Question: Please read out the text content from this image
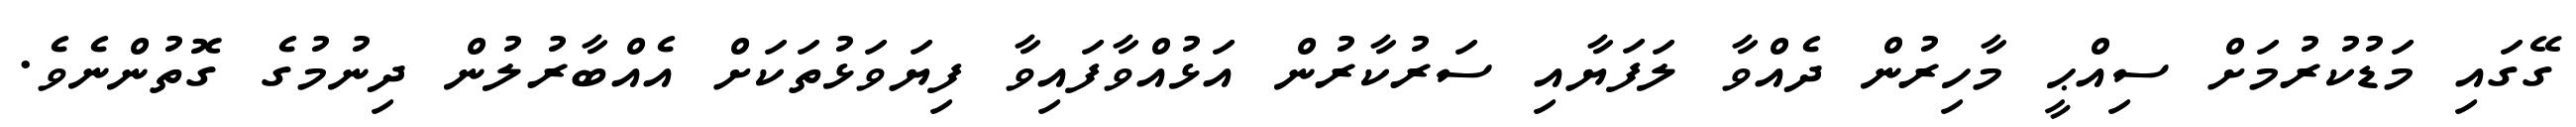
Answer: ގޭގައި މަޑުކުރުމަށް ސިއްޙީ މާހިރުން ދެއްވާ ލަފަޔާއި ސަރުކާރުން އަޅުއްވާފައިވާ ފިޔަވަޅުތަކަށް އެއްބާރުލުން ދިނުމުގެ ގޮތުންނެވެ.